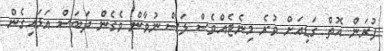
ފުރަން އޮތް ގަޑިއަށް ވުރެ މިނެޓެއްވެސް ލަސް ނުވާން ވެގެން ދަބަސް އަޅައިގެން